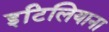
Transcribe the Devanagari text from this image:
इटिलियाना